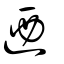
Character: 迺